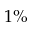
1 \%